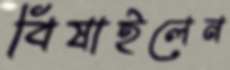
বিষাইলেন